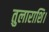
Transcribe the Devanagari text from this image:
तुलाराशि।